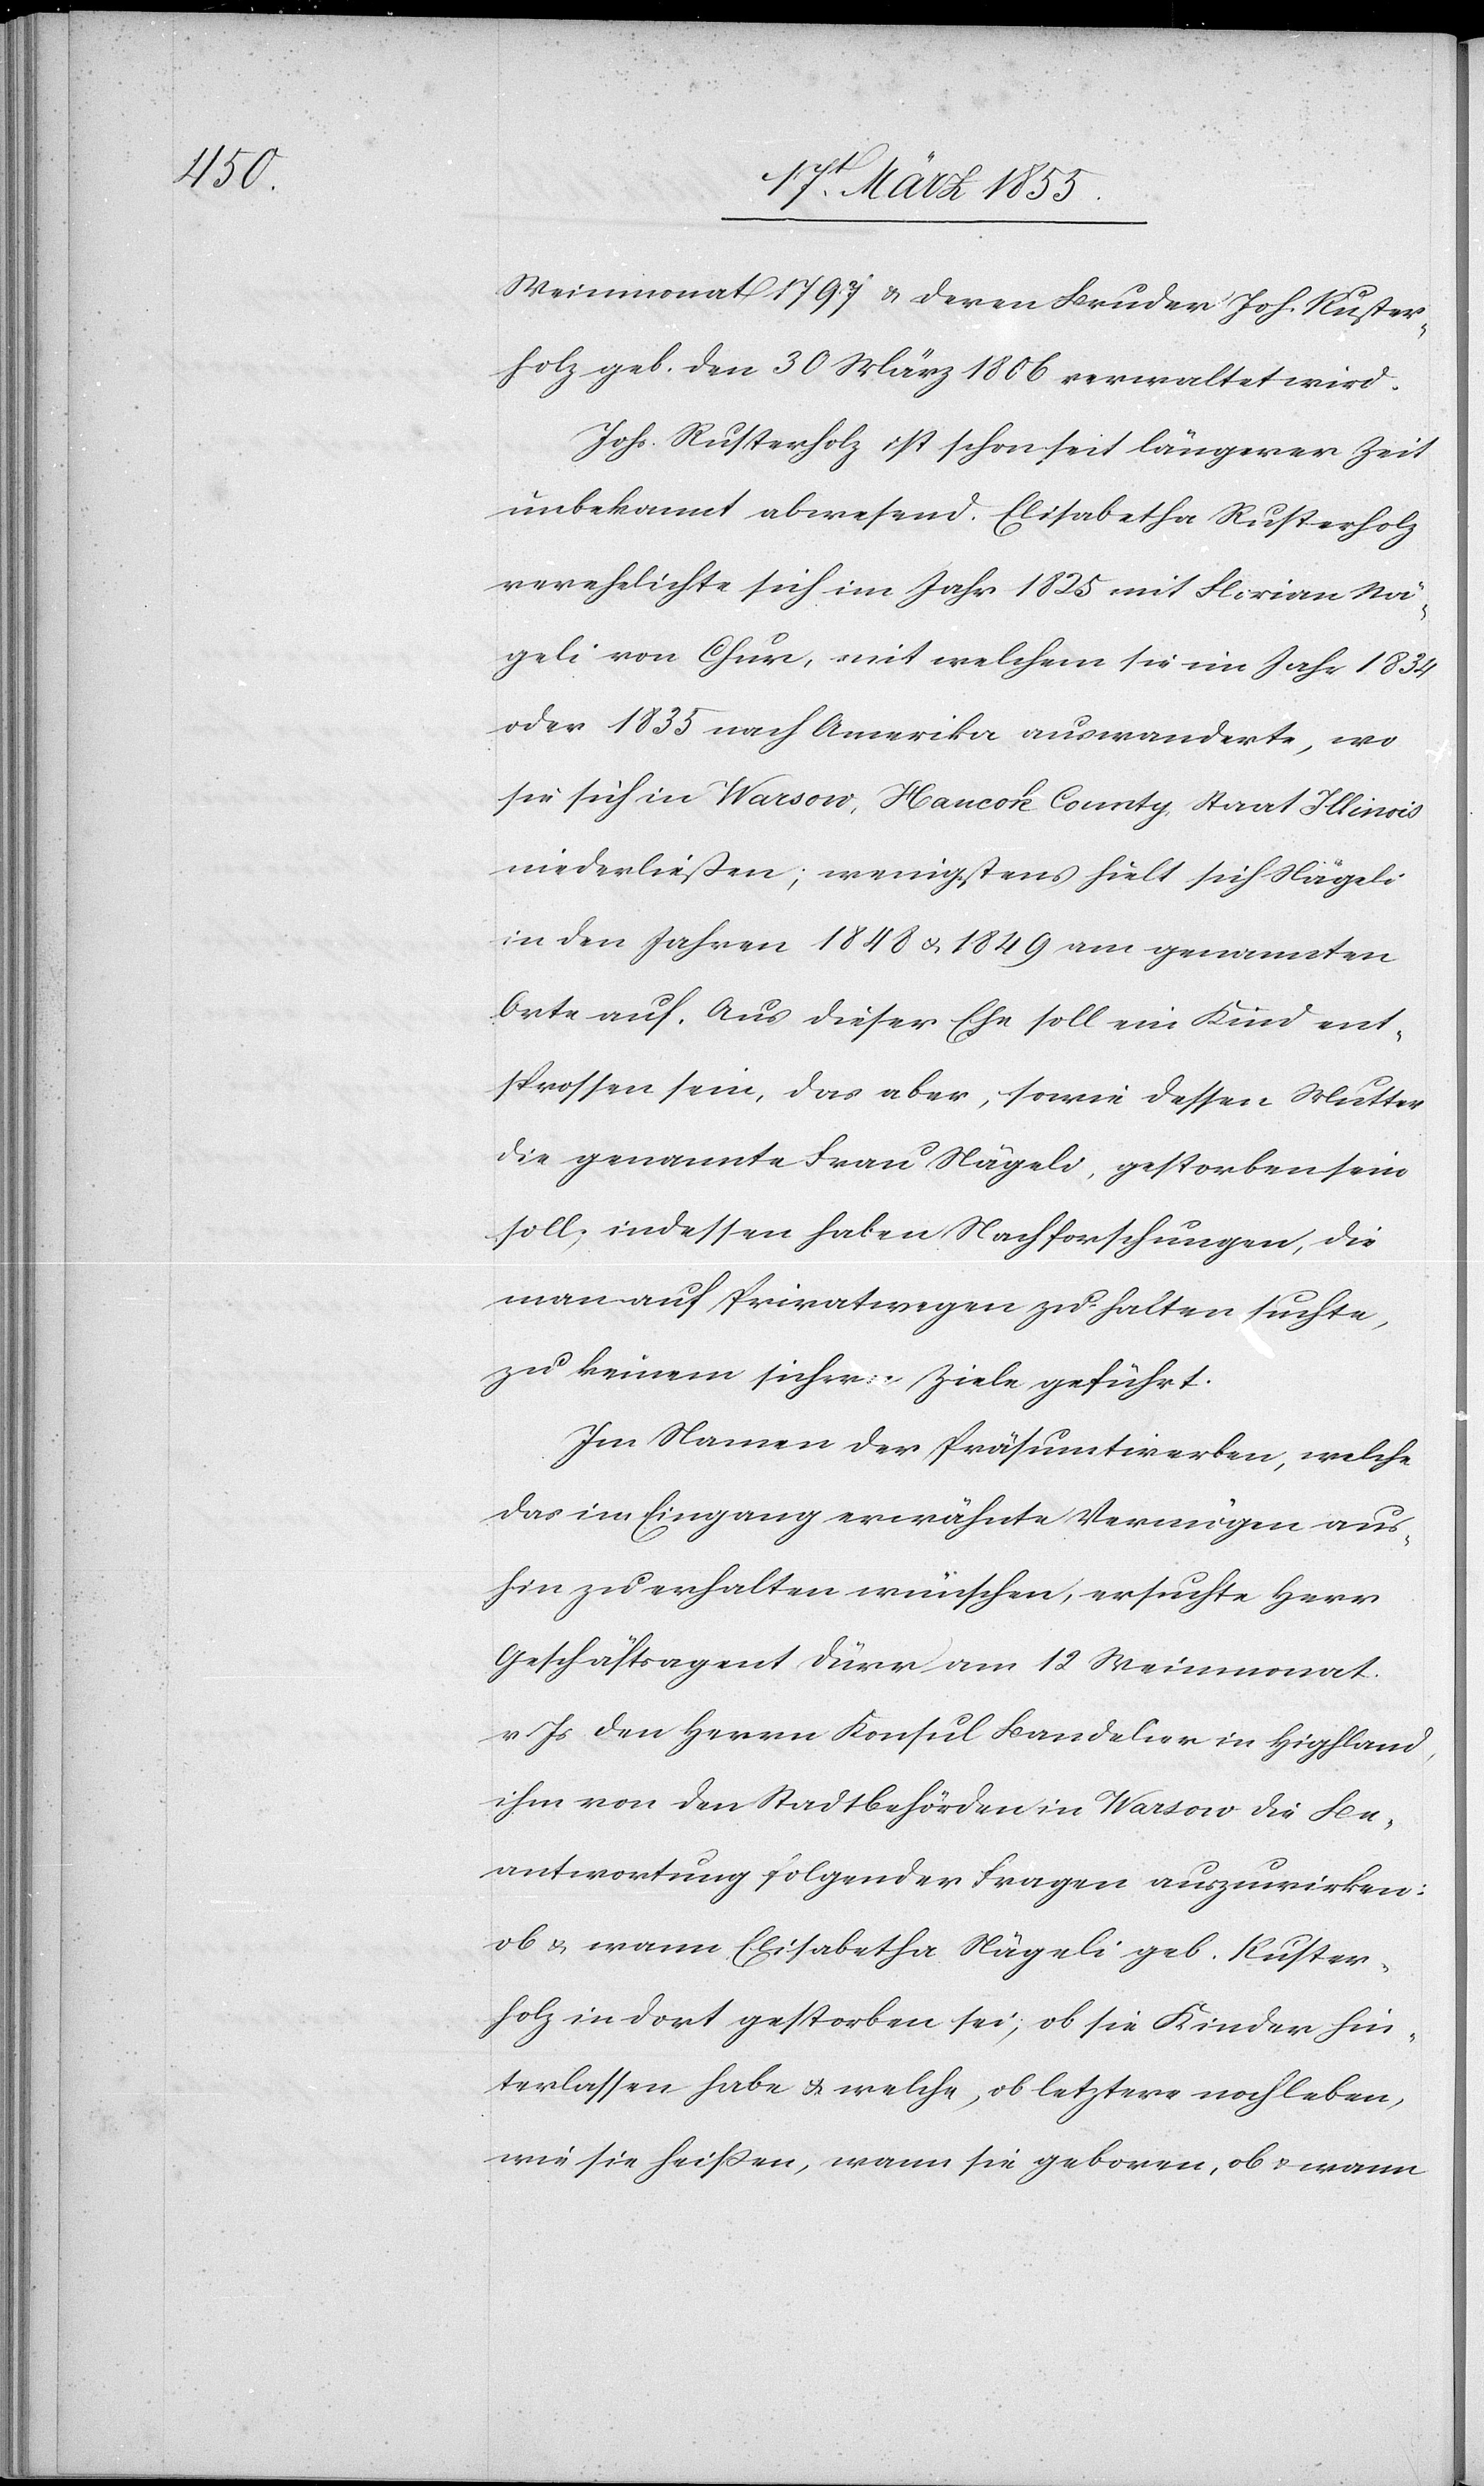
Weinmonat 1797 & deren Bruder Joh. Ruster¬
holz geb. den 30 März 1806 verwaltet wird.
Johs. Rusterholz ist schon seit längerer Zeit
unbekannt abwesend. Elisabetha Rusterholz
verehelichte sich im Jahr 1825 mit Florian Nä¬
geli von Chur, mit welchem sie im Jahr 1834
oder 1835 nach Amerika auswanderte, wo
sie sich in Warsow, Hancok County, Staat Illinois
niederließen; wenigstens hielt sich Nägeli
in den Jahren 1848 & 1849 am genannten
Orte auf. Aus dieser Ehe soll ein Kind ent¬
sprossen sein, das aber, sowie dessen Mutter
die genannte Frau Nägeli, gestorben sein
soll, indessen haben Nachforschungen, die
man auf Privatwegen zu halten suchte,
zu keinem sichern Ziele geführt.
Im Namen der Präsumtirerben, welche
das im Eingang erwähnte Vermögen aus¬
hin zu erhalten wünschen, ersuchte Herr
Geschäftsagent Dürr am 12 Weinmonat
v. Js den Herrn Konsul Bandelier in Highland,
ihm von den Stadtbehörden in Warsow die Be¬
antwortung folgender Fragen auszuwirken:
ob & wann Elisabetha Nägeli geb. Ruster¬
holz in dort gestorben sei; ob sie Kinder hin¬
terlassen habe & welche, ob letztere noch leben,
wie sie heißen, wann sie geboren, ob & wann